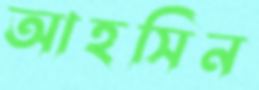
আহসিন